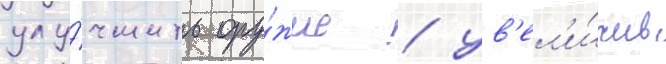
улу́чшить ору́жие / ув'ел'и́чив